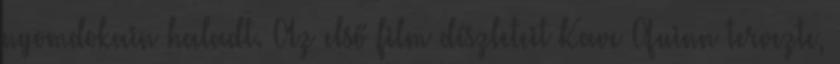
nyomdokain haladt. Az első film díszleteit Kave Quinn tervezte,